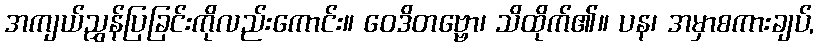
အကျယ်ညွှန်ပြခြင်းကိုလည်းကောင်း။ ဝေဒိတဗ္ဗော၊ သိထိုက်၏။ ပန၊ အမှာစကားချပ်,